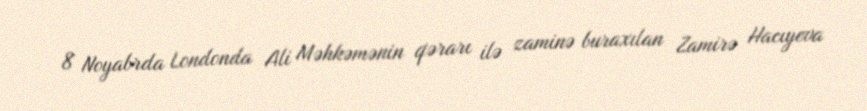
8 Noyabrda Londonda Ali Məhkəmənin qərarı ilə zaminə buraxılan Zamirə Hacıyeva